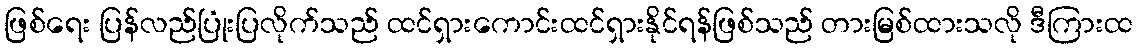
ဖြစ်ရေး ပြန်လည်ပြုံးပြလိုက်သည် ထင်ရှားကောင်းထင်ရှားနိုင်ရန်ဖြစ်သည် တားမြစ်ထားသလို ဒီကြားထ